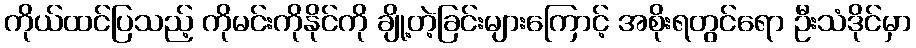
ကိုယ်ထင်ပြသည့် ကိုမင်းကိုနိုင်ကို ချို့တဲ့ခြင်းများကြောင့် အစိုးရတွင်ရော ဦးသံဒိုင်မှာ